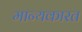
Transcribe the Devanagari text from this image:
मान्यकारत